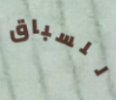
للسباق